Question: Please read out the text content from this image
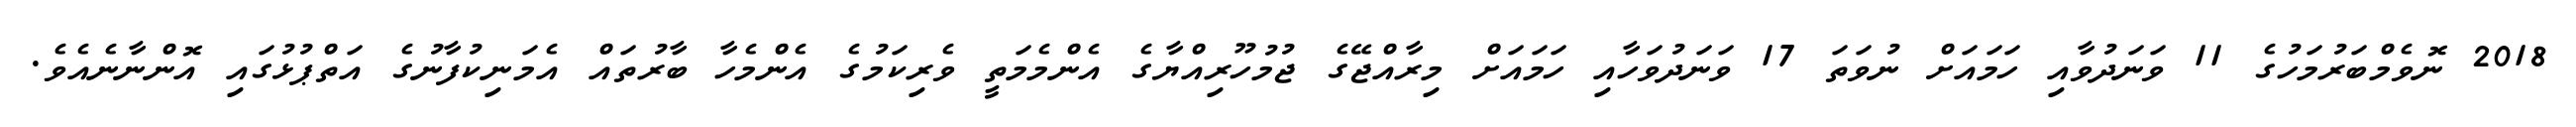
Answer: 2018 ނޮވެމްބަރުމަހުގެ 11 ވަނަދުވާއި ހަމައަށް ނުވަތަ 17 ވަނަދުވަހާއި ހަމައަށް މިރާއްޖޭގެ ޖުމުހޫރިއްޔާގެ އެންމެމަތީ ވެރިކަމުގެ އެންމެހާ ބާރުތައް އެމަނިކުފާނުގެ އަތްޕުޅުގައި އޮންނާނެއެވެ.